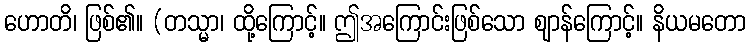
ဟောတိ၊ ဖြစ်၏။ (တသ္မာ၊ ထို့ကြောင့်။ ဤအကြောင်းဖြစ်သော ဈာန်ကြောင့်။ နိယမတော